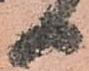
日